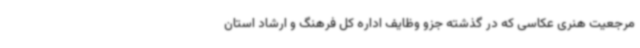
مرجعیت هنری عکاسی که در گذشته جزو وظایف اداره کل فرهنگ و ارشاد استان